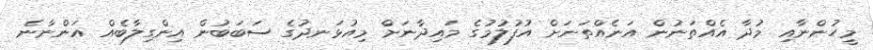
މީހުންނާއި މުދާ އެއްތަނުން އަނެއްތަނަށް އުފުލުމުގެ މައިދާނަށް މިއުޅަނދުގެ ސަބަބުން އިންގިލާބެއް އަންނާނެ